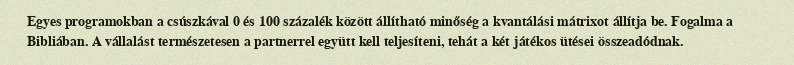
Egyes programokban a csúszkával 0 és 100 százalék között állítható minőség a kvantálási mátrixot állítja be. Fogalma a Bibliában. A vállalást természetesen a partnerrel együtt kell teljesíteni, tehát a két játékos ütései összeadódnak.